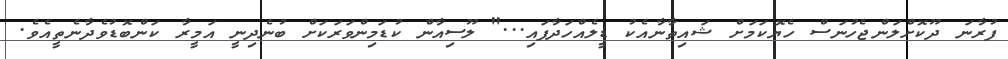
ފުރާނަ ދޫކޮށްލަންޖެހުނަސް ހެޔޮކަމަށް ޝައިތާނާއެކު ޑީލެއްހަދާފައި..." ލޫސިއާން ކުޑަމިންވަރަކަށް ބުނެދިނީ އަމީރާ ކަންބޮޑުވެދާނެތީއެވެ.